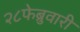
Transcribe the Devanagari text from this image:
२८फेब्रुवारी